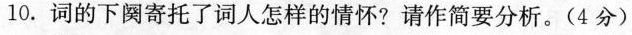
_10.词的下阕寄托了词人怎样的情怀?请作简要分析。(4分)